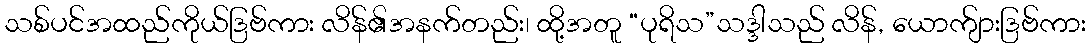
သစ်ပင်အထည်ကိုယ်ဒြဗ်ကား လိန်၏အနက်တည်း၊ ထို့အတူ “ပုရိသ”သဒ္ဒါသည် လိန်, ယောက်ျားဒြဗ်ကား